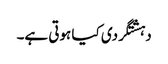
دہشتگردی کیا ہوتی ہے۔